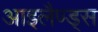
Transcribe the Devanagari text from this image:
आइलैण्ड्स